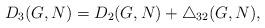
LaTeX: \begin{align*}D_{3}(G,N)=D_{2}(G,N)+\triangle _{32}(G,N),\end{align*}